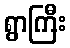
ရွာကြီး